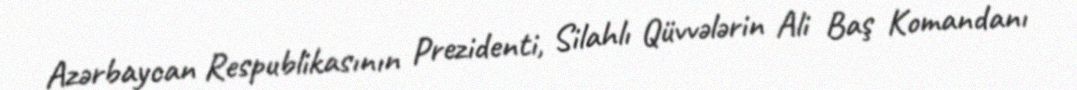
Azərbaycan Respublikasının Prezidenti, Silahlı Qüvvələrin Ali Baş Komandanı